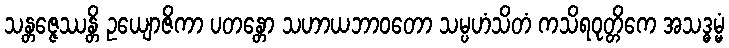
သန္တဇ္ဇေဿန္တိ ဥယျောဇိကာ ပတန္တော သဟာယဘာဝတော သမ္ပဟံသိတံ ကသိရဝုတ္တိကေ အသဒ္ဓမ္မံ